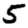
Digit: 5